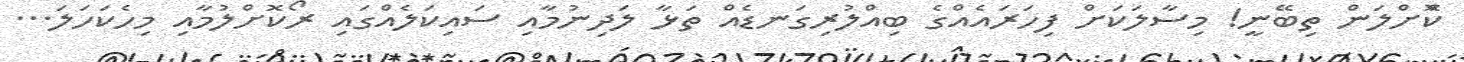
ކޮްށްލަން ތިބޭނީ! މިސާލަކަށް ފިހަރައެއްގެ ބިއްލުރިގަނޑެއް ތަޅާ ލަދިނުމާއި ސައިކަލެއްގައި ރޯކޮށްލުމާއި މިހެކަހަލަ...